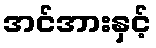
အင်အားနှင့်